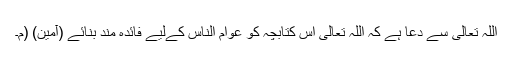
اللہ تعالی سے دعا ہے کہ اللہ تعالی اس کتابچہ کو عوام الناس کےلیے فائدہ مند بنائے (آمین) (م۔